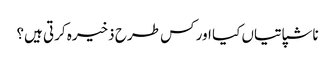
ناشپاتیاں کیا اور کس طرح ذخیرہ کرتی ہیں؟